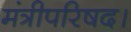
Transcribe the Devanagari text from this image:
मंत्रीपरिषद।